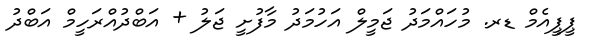
ޕީޕީއެމް ޑރ. މުހައްމަދު ޖަމީލް އަހުމަދު މާފުށީ ޖަލު + އަބްދުއްރަހީމް އަބްދު